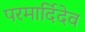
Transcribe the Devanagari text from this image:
परमार्दिदेव